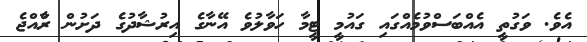
އެވެ. ވަގުތީ އެއްބަސްވުމެއްގައި ގައުމީ ޓީމާ ހަވާލުވެ އޭނާގެ އިރުޝާދުގެ ދަށުން ރާްއްޖެ